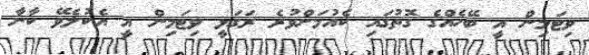
ވިޓަމިން އީ ބޭހެއްގެ ގޮތުގައި ކެއުމަށްވުރެ ރަގަޅީ ވިޓަމިން އީ އެކުލެވޭ ކާނާ